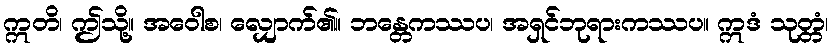
ဣတိ၊ ဤသို့။ အဝေါစ၊ လျှောက်၏။ ဘန္တေကဿပ၊ အရှင်ဘုရားကဿပ။ ဣဒံ သုတ္တံ၊